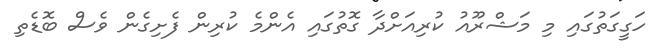
ހަގީގަތުގައި މި މަޝްރޫއު ކުރިއަށްދާ ގޮތުގައި އެންމެ ކުރިން ފެށިގެން ވެސް ބޮޑެތި